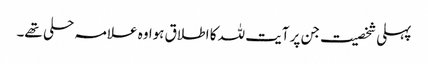
پہلی شخصیت جن پر آیت للہ کا اطلاق ہوا وہ علامہ حلی تھے۔